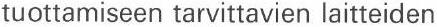
tuottamiseen tarvittavien laitteiden